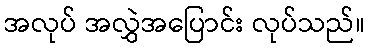
အလုပ် အလွှဲအပြောင်း လုပ်သည်။